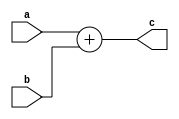
`timescale 1ns / 1ps
//////////////////////////////////////////////////////////////////////////////////
// Company: 
// Engineer: 
// 
// Design Name: 
// Module Name:    add_32 
// Project Name: 
// Target Devices: 
// Tool versions: 
// Description: 
//
// Dependencies: 
//
// Revision: 
// Revision 0.01 - File Created
// Additional Comments: 
//
//////////////////////////////////////////////////////////////////////////////////
module add_32(input [31:0] a,
				  input [31:0] b,
				  output [31:0] c
    );
assign c = a + b;

endmodule